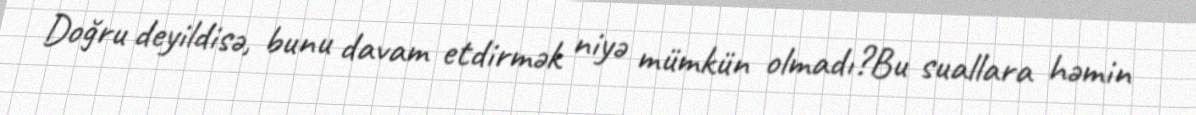
Doğru deyildisə, bunu davam etdirmək niyə mümkün olmadı?Bu suallara həmin